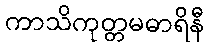
ကာသိကုတ္တမဓာရိနီ